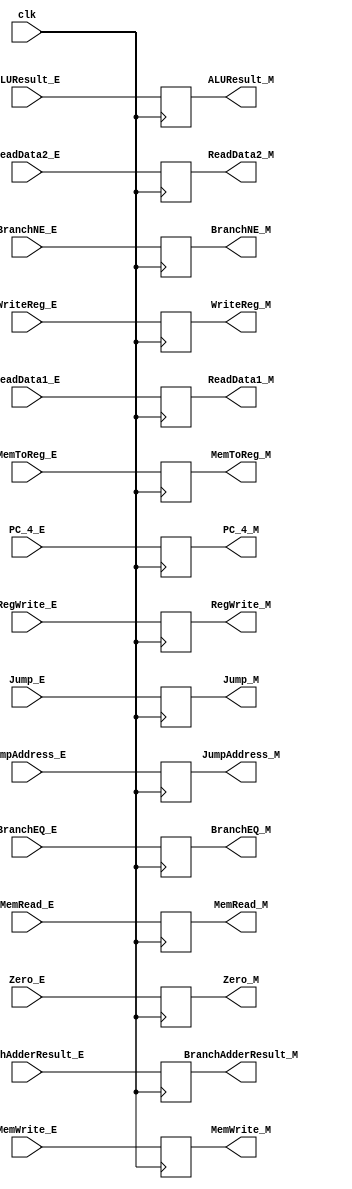
/*Pipeline para la etapa de execute/memory

*/

module PipeExecute_Memory
(
	input clk,
	
	//Control
	
	input [1:0]Jump_E,			
	input BranchEQ_E,
	input BranchNE_E,
	input MemRead_E,
	input [1:0]MemToReg_E, 
	input MemWrite_E,
	input RegWrite_E,
	
	output reg[1:0]Jump_M,
	output reg BranchEQ_M,
	output reg BranchNE_M,
	output reg MemRead_M,
	output reg[1:0]MemToReg_M, 
	output reg MemWrite_M,
	output reg RegWrite_M,

	//Data
	
	input [31:0]ALUResult_E,
	input [31:0]ReadData2_E,
	input [31:0]ReadData1_E,
	input [31:0]PC_4_E,
	input [31:0]BranchAdderResult_E,
	//input [31:0]ShiftLeft2_Jump_E,
	input [31:0]JumpAddress_E,
	input [4:0]WriteReg_E,
	input Zero_E,
	
	output reg[31:0]ALUResult_M,
	output reg[31:0]ReadData2_M,
	output reg[31:0]ReadData1_M,
	output reg[31:0]PC_4_M,
	output reg[31:0]BranchAdderResult_M,
	//output reg[31:0]ShiftLeft2_Jump_M,
	output reg[31:0]JumpAddress_M,
	output reg[4:0]WriteReg_M,
	output reg Zero_M
);



	always@(negedge clk)
	begin
		
		Jump_M = Jump_E;
		BranchEQ_M = BranchEQ_E;
		BranchNE_M = BranchNE_E;
		MemRead_M = MemRead_E;
		MemToReg_M = MemToReg_E;
		MemWrite_M = MemWrite_E;	
		RegWrite_M = RegWrite_E;


	end
	
	always@(negedge clk)
	begin
		
		ALUResult_M= ALUResult_E;
		ReadData1_M = ReadData1_E;
		ReadData2_M = ReadData2_E;
		PC_4_M = PC_4_E;
		WriteReg_M = WriteReg_E;
		BranchAdderResult_M = BranchAdderResult_E;
		//ShiftLeft2_Jump_M = ShiftLeft2_Jump_E;
		JumpAddress_M = JumpAddress_E;
		Zero_M = Zero_E;

	end

endmodule